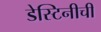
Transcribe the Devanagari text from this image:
डेस्टिनीची